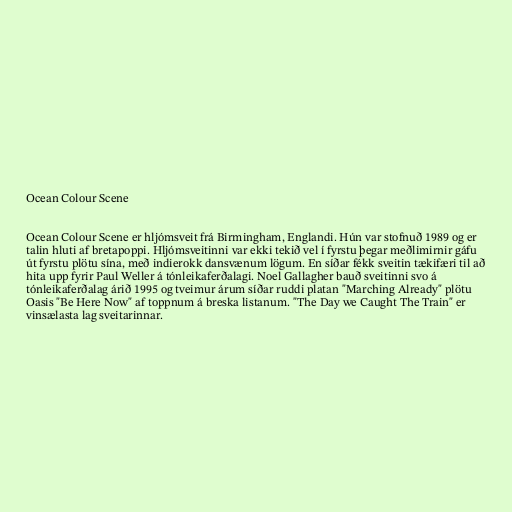
Ocean Colour Scene

Ocean Colour Scene er hljómsveit frá Birmingham, Englandi. Hún var stofnuð 1989 og er
talin hluti af bretapoppi. Hljómsveitinni var ekki tekið vel í fyrstu þegar meðlimirnir gáfu
út fyrstu plötu sína, með indierokk dansvænum lögum. En síðar fékk sveitin tækifæri til að
hita upp fyrir Paul Weller á tónleikaferðalagi. Noel Gallagher bauð sveitinni svo á
tónleikaferðalag árið 1995 og tveimur árum síðar ruddi platan "Marching Already" plötu
Oasis "Be Here Now" af toppnum á breska listanum. "The Day we Caught The Train" er
vinsælasta lag sveitarinnar.